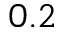
0 . 2